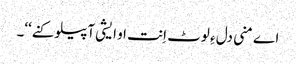
اے منی دل ءِ لوٹ اِنت او ایشی آپیلو کنے‘‘۔